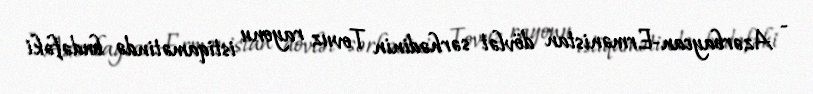
- Azərbaycan-Ermənistan dövlət sərhədinin Tovuz rayonu istiqamətində budəfəki